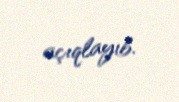
açıqlayıb.